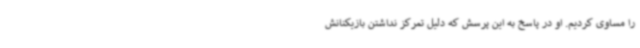
را مساوی کردیم. او در پاسخ به این پرسش که دلیل تمرکز نداشتن بازیکنانش